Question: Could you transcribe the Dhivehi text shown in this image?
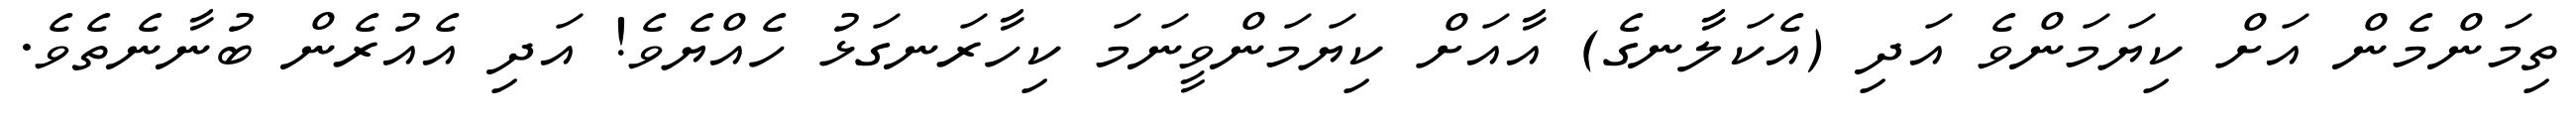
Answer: ތިމަންމެން އަށް ކިޔަމަންވެ އަދި (އެކަލާނގެ) އާއަށް ކިޔަމަންވީނަމަ ކިހާރަނގަޅު ހެއްޔެވެ! އަދި އެއުރެން ބުނާނެތެވެ.